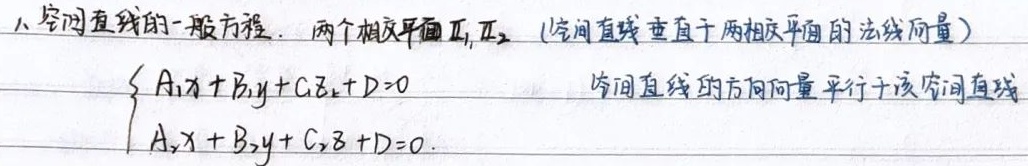
1. 空间直线的一般方程：两个相交平面\(\Pi_1,\Pi_2\)（空间直线垂直于两相交平面的法线向量）。
\[\begin{cases}A_1x + B_1y + C_1z + D_1 = 0\\A_2x + B_2y + C_2z + D_2 = 0\end{cases}\]
空间直线的方向向量平行于该空间直线。